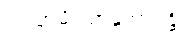
ပဿာမိဿာနုဘာဝန္တိ